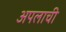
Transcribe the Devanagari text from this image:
अपलाची